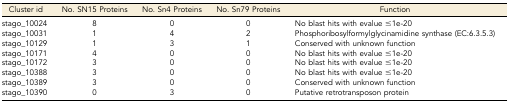
<table><thead><tr><td><b>Cluster id</b></td><td><b>No. SN15 Proteins</b></td><td><b>No. Sn4 Proteins</b></td><td><b>No. Sn79 Proteins</b></td><td><b>Function</b></td></tr></thead><tbody><tr><td>stago_10024</td><td>8</td><td>0</td><td>0</td><td>No blast hits with evalue ≤1e-20</td></tr><tr><td>stago_10031</td><td>1</td><td>4</td><td>2</td><td>Phosphoribosylformylglycinamidine synthase (EC:6.3.5.3)</td></tr><tr><td>stago_10129</td><td>1</td><td>3</td><td>1</td><td>Conserved with unknown function</td></tr><tr><td>stago_10171</td><td>4</td><td>0</td><td>0</td><td>No blast hits with evalue ≤1e-20</td></tr><tr><td>stago_10172</td><td>3</td><td>0</td><td>0</td><td>No blast hits with evalue ≤1e-20</td></tr><tr><td>stago_10388</td><td>3</td><td>0</td><td>0</td><td>No blast hits with evalue ≤1e-20</td></tr><tr><td>stago_10389</td><td>3</td><td>0</td><td>0</td><td>Conserved with unknown function</td></tr><tr><td>stago_10390</td><td>0</td><td>3</td><td>0</td><td>Putative retrotransposon protein</td></tr></tbody></table>